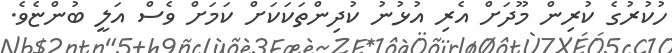
ހުކުރުގެ ކުރިން މޫދަށް އެރި އުޅުނު ކުދިންތަކަކަށް ކަމަށް ވެސް އަލީ ބުންޏެވެ.